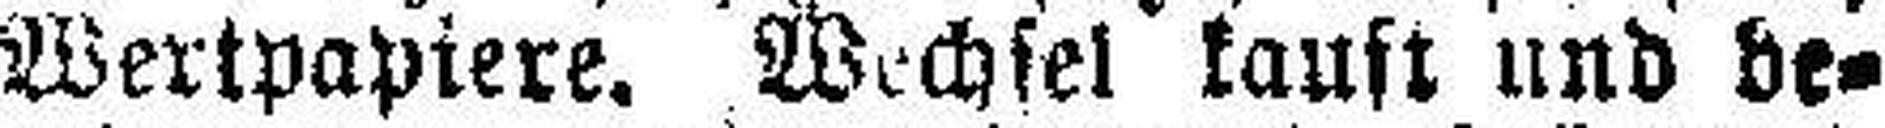
Wertpapiere. Wechsel laust und be¬